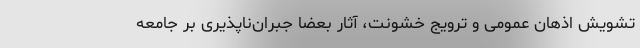
تشویش اذهان عمومی و ترویج خشونت، آثار بعضاً جبران‌ناپذیری بر جامعه